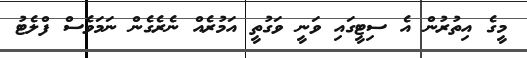
މީގެ އިތުރުން އެ ސިޓީގައި ވަނީ ވަގުތީ އަމުރެއް ނެރެގެން ނަމަވެސް ފްލެޓު